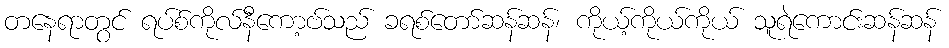
တနေရာတွင် ရပ်စ်ကိုလ်နီကော့ဗ်သည် ခရစ်တော်ဆန်ဆန်၊ ကိုယ့်ကိုယ်ကိုယ် သူရဲကောင်းဆန်ဆန်